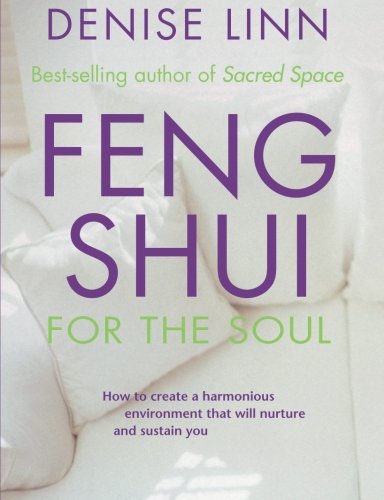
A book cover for Feng Shui for the Soul; Denise Linn; Religion & Spirituality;